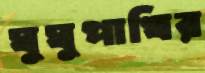
ঘুঘুপাখির